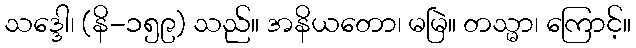
သဒ္ဒေါ၊ (နိ-၁၅၉) သည်။ အနိယတော၊ မမြဲ။ တသ္မာ၊ ကြောင့်။